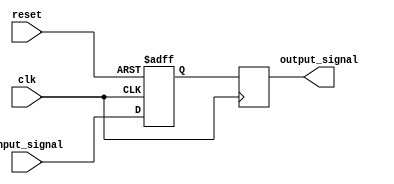
module transparent_latch_d_flip_flop(
    input wire clk,
    input wire reset,
    input wire input_signal,
    output reg output_signal
);

reg temp_storage;
reg input_latched;

// Transparent latch
always @ (posedge clk or posedge reset)
begin
    if (reset)
        temp_storage <= 1'b0;
    else
        temp_storage <= input_signal;
end

// D flip-flop
always @ (posedge clk)
begin
    input_latched <= temp_storage;
end

// Output signal
always @ (*)
begin
    output_signal <= input_latched;
end

endmodule